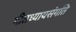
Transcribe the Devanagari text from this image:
गीतध्यायसंगति